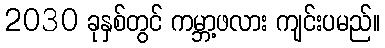
2030 ခုနှစ်တွင် ကမ္ဘာ့ဖလား ကျင်းပမည်။